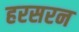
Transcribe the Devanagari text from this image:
हरसरन